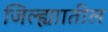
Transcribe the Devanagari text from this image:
जिल्ह्याातील